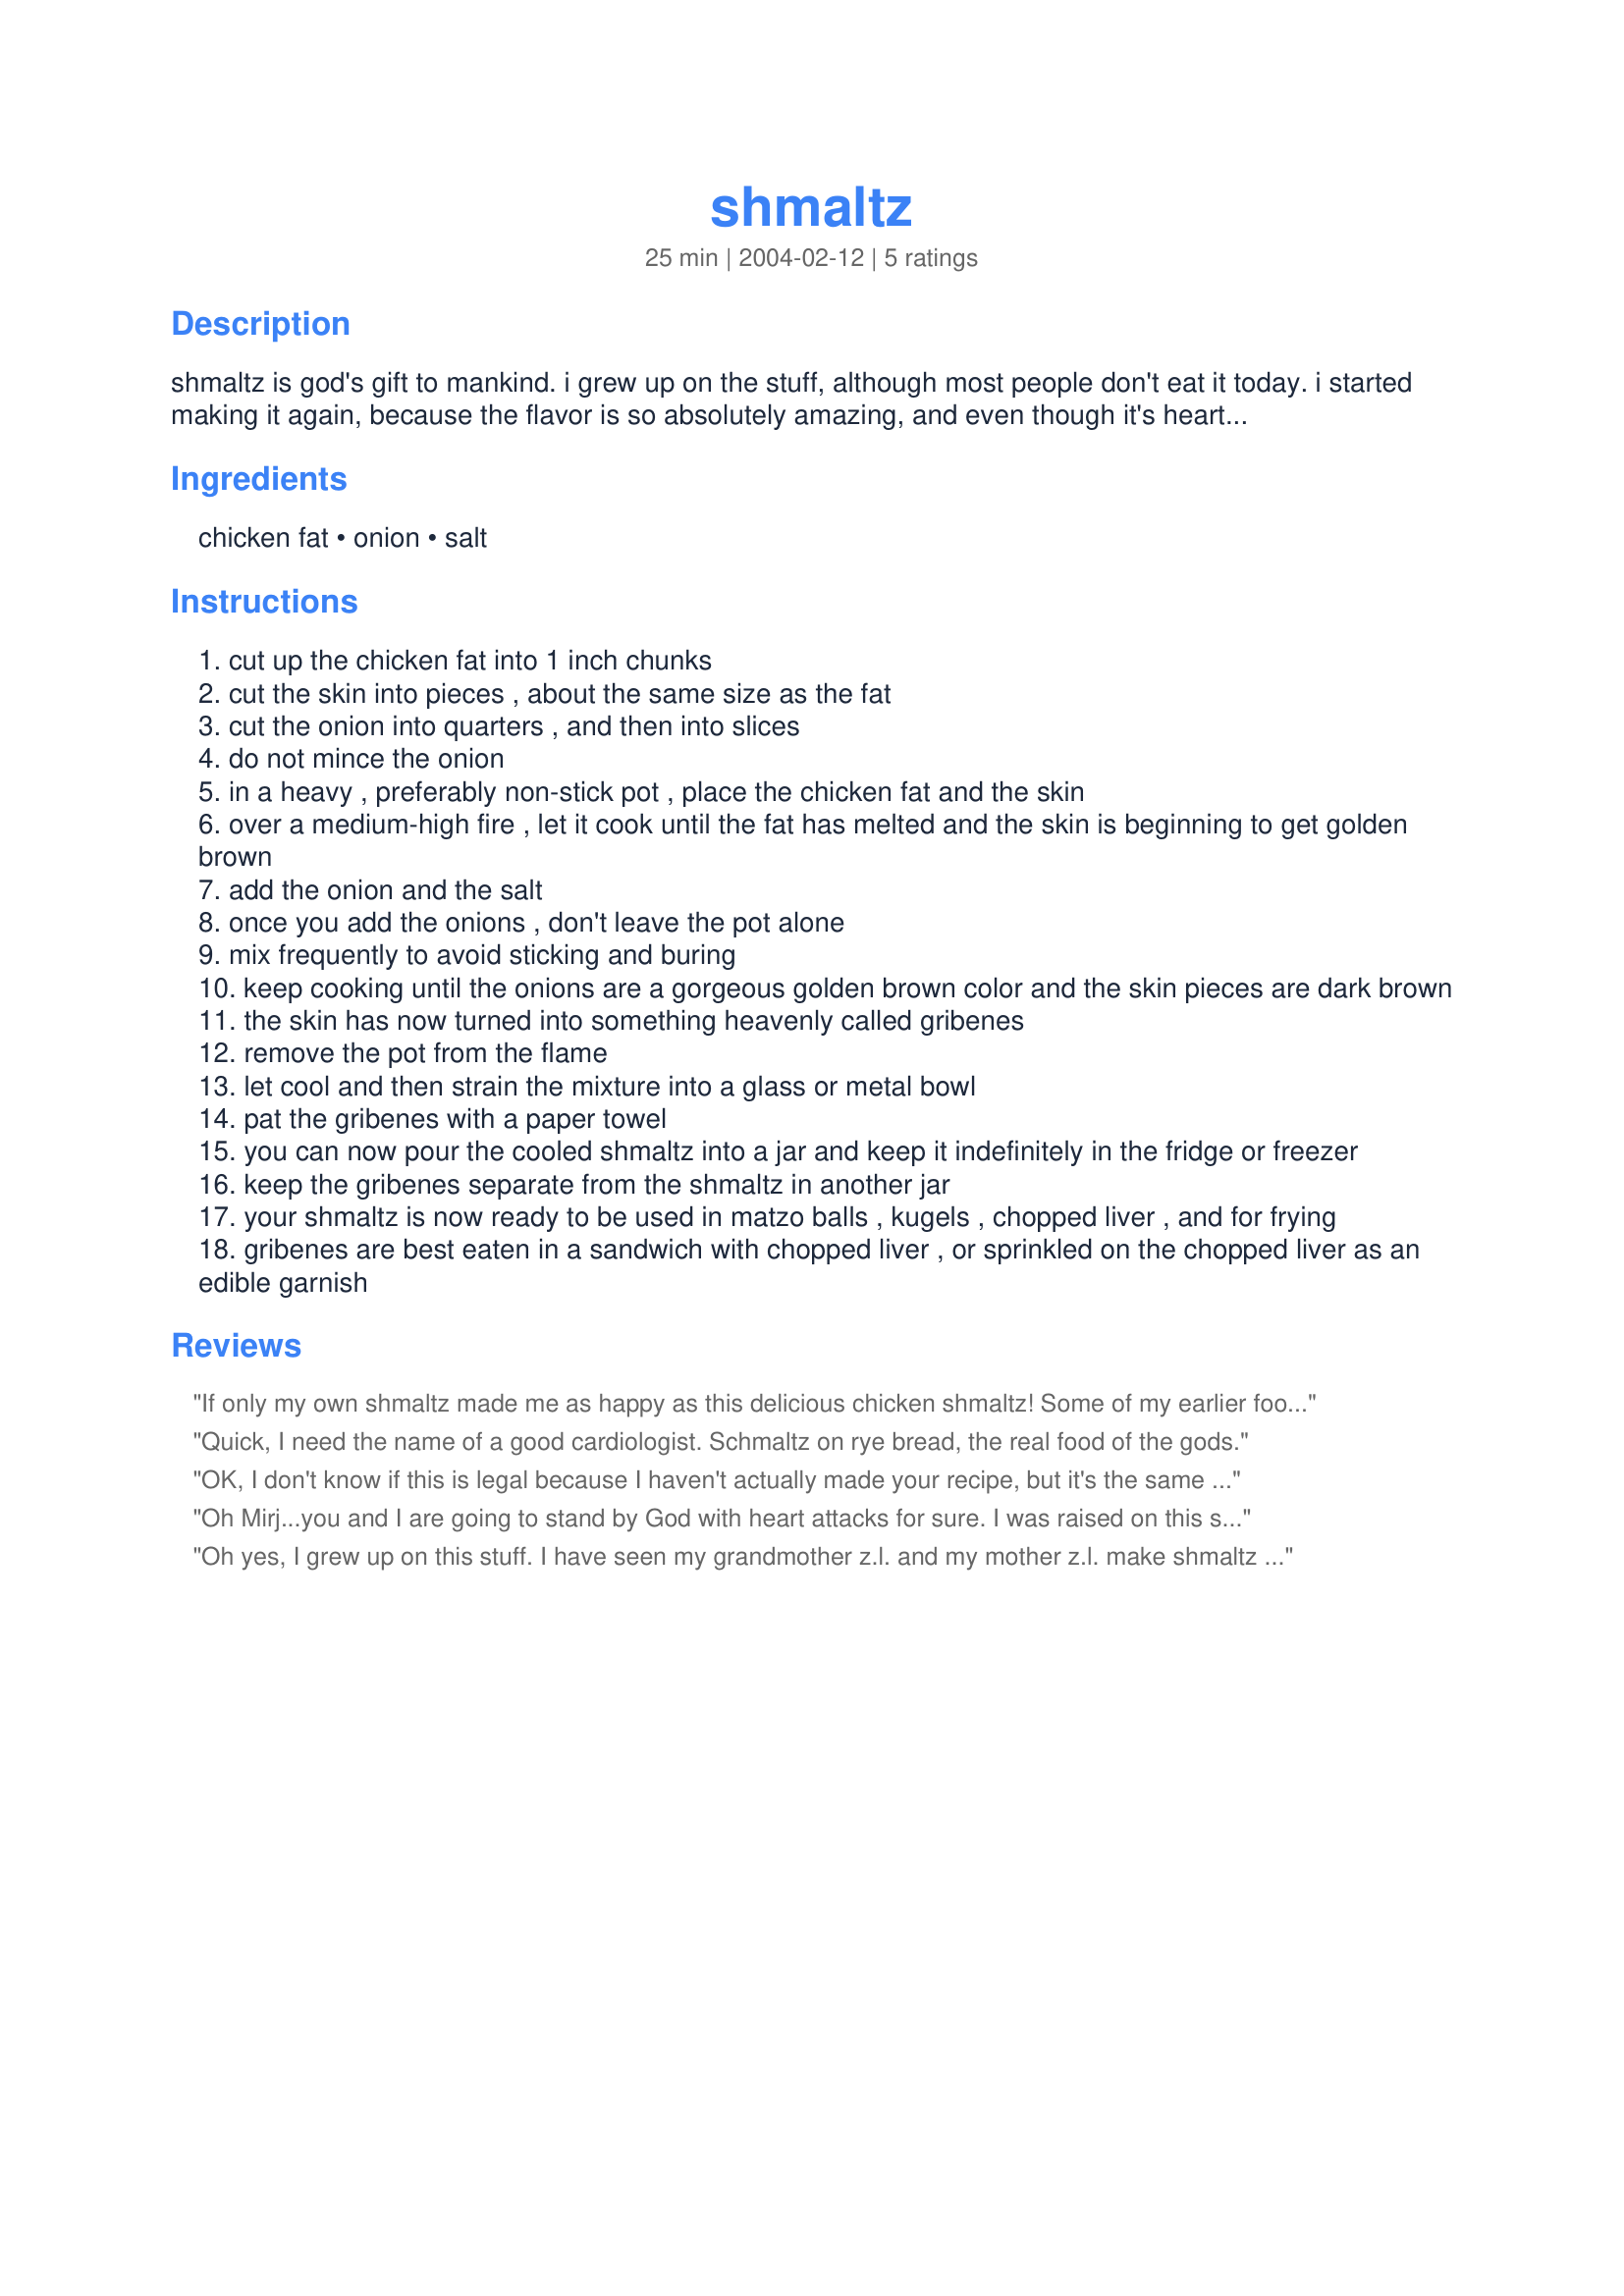
shmaltz
Preparation time: 25 minutes

shmaltz is god's gift to mankind. i grew up on the stuff, although most people don't eat it today. i started making it again, because the flavor is so absolutely amazing, and even though it's heart-attack deadly, it is so worth it to have some every now and again. i usually save the chicken fat and skin in the freezer when cooking chickens, and when i have enough, i render the shmaltz. believe me, there is nothing better than matzoh balls or chopped liver made with shmaltz. my mother fries potato disks in the stuff, one of my best childhood culinary memories.

Ingredients:
chicken fat, onion, salt

Steps:
cut up the chicken fat into 1 inch chunks
cut the skin into pieces , about the same size as the fat
cut the onion into quarters , and then into slices
do not mince the onion
in a heavy , preferably non-stick pot , place the chicken fat and the skin
over a medium-high fire , let it cook until the fat has melted and the skin is beginning to get golden brown
add the onion and the salt
once you add the onions , don't leave the pot alone
mix frequently to avoid sticking and buring
keep cooking until the onions are a gorgeous golden brown color and the skin pieces are dark brown
the skin has now turned into something heavenly called gribenes
remove the pot from the flame
let cool and then strain the mixture into a glass or metal bowl
pat the gribenes with a paper towel
you can now pour the cooled shmaltz into a jar and keep it indefinitely in the fridge or freezer
keep the gribenes separate from the shmaltz in another jar
your shmaltz is now ready to be used in matzo balls , kugels , chopped liver , and for frying
gribenes are best eaten in a sandwich with chopped liver , or sprinkled on the chopped liver as an edible garnish

Reviews:
If only my own shmaltz made me as happy as this delicious chicken shmaltz! Some of my earlier food memories involve a special jar that my grandmother kept in the fridge with the solidified shmaltz and the golden, crispy gribenes that was trapped within. When she wasn't looking, I would sneak to the fridge and fish out the gribenes, letting the little bits of clinging shmaltz melt on my tongue before I crunched my way through the little griben nugget. One of the best ways to use this stuff is to mix it in kasha... oh man, I'm salivating just thinking of it. I thank you Mirj.. even if my organs don't... ;)
Quick, I need the name of a good cardiologist. Schmaltz on rye bread, the real food of the gods.
OK, I don't know if this is legal because I haven't actually made your recipe, but it's the same as mine so I know I approve!! (Except that I chop my onions instead of slicing them) I hope there are people out there who still cook with shmaltz (like me) because believe me, this stuff is the real deal. Growing up we used shmaltz in egg salad (instead of mayo) and in mashed potatoes with even more fried onions! Kudos to Mirj for celebrating the fat!
Oh Mirj...you and I are going to stand by God with heart attacks for sure. I was raised on this stuff all my life. It is sooo wonderful in everything because it is what gives the food flavor. And it also keeps well. My father is smiling from Heaven on your recipe you know!
Oh yes, I grew up on this stuff. I have seen my grandmother z.l. and my mother z.l. make shmaltz since childhood. But would you believe it, this is the first time I made it myself. Both Hubby and I agree, this is the real stuff, brings back memories to both of us. I used some of the shmaltz to make helzl and some of it to fry chicken in the oven. Of course | have loads left but since it keeps so well I'll just leave it in the fridge. There are umptious ways of using this golden heavenly stuff, just wish the inside of me would agree............Thanks for posting.
